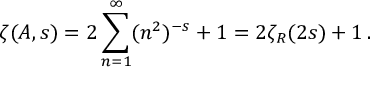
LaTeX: \zeta ( A , s ) = 2 \sum _ { n = 1 } ^ { \infty } ( n ^ { 2 } ) ^ { - s } + 1 = 2 \zeta _ { R } ( 2 s ) + 1 \, .